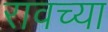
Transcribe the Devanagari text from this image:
रावच्या